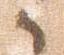
御